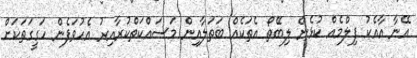
އޭނާ އާއެކު ފިލްމެއް ކުޅެން ލިބޭތޯ އެތަކެއް ބަތަލާއިން މަސައްކަތްކުރާއިރު އެހުވަފެން ހަގީގަތަކަށް